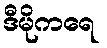
ဒီမိုကရေ